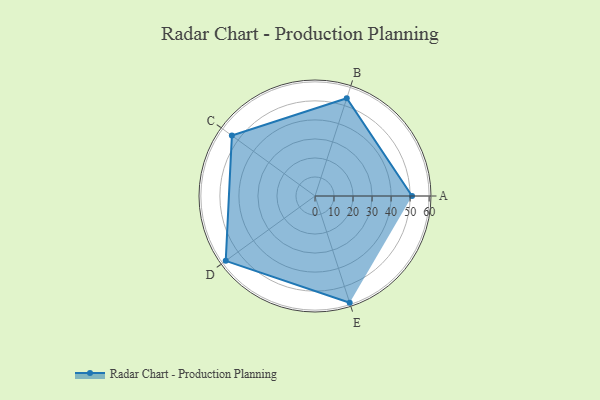
{"axis": {"x": "Skill", "y": "Score"}, "legend": ["Profile"], "data": [{"x": "A", "y": 51.0, "type": "Profile"}, {"x": "B", "y": 54.0, "type": "Profile"}, {"x": "C", "y": 54.0, "type": "Profile"}, {"x": "D", "y": 58.0, "type": "Profile"}, {"x": "E", "y": 59.0, "type": "Profile"}]}